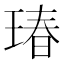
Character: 瑃